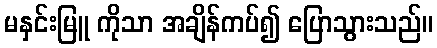
မနှင်းမြူ ကိုသာ အချိန်ကပ်၍ ပြောသွားသည်။